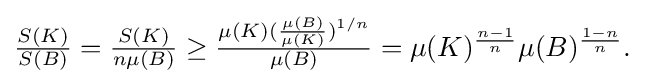
{\textstyle {\frac {S(K)}{S(B)}}={\frac {S(K)}{n\mu (B)}}\geq {\frac {\mu (K)({\frac {\mu (B)}{\mu (K)}})^{1/n}}{\mu (B)}}=\mu (K)^{\frac {n-1}{n}}\mu (B)^{\frac {1-n}{n}}.}